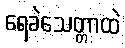
ရေခဲသေတ္တာထဲ